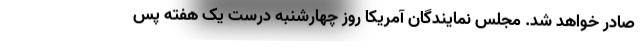
صادر خواهد شد. مجلس نمایندگان آمریکا روز چهارشنبه درست یک هفته پس